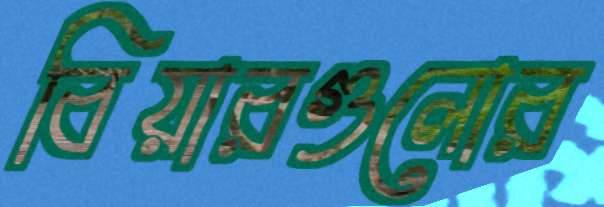
বিয়ারগুলোর